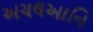
અચલઆનિ